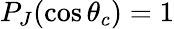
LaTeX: P_{J}(\cos\theta_{c})=1